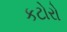
કટોરો